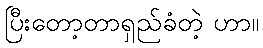
ပြီးတော့တာရှည်ခံတဲ့ ဟာ။